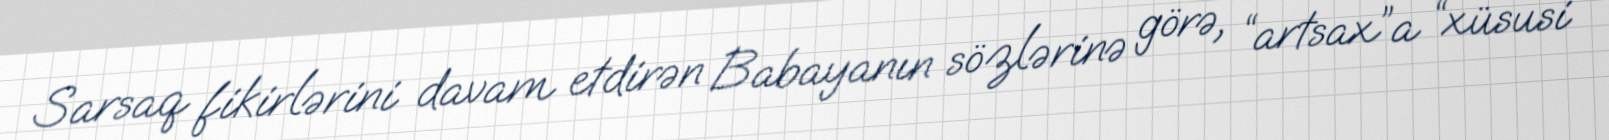
Sarsaq fikirlərini davam etdirən Babayanın sözlərinə görə, “artsax”a “xüsusi